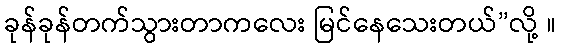
ခုန်ခုန်တက်သွားတာကလေး မြင်နေသေးတယ်”လို့ ။